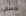
تمسكي